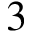
3